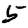
Digit: 5